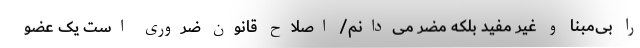
را بی‌مبنا و غیر مفید بلکه مضر می‌دانم/ اصلاح قانون ضروری است یک عضو